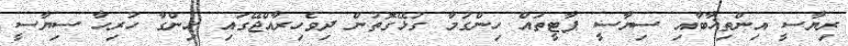
ރިޔާސީ އިންތިޚާބާއި ސިޔާސީ ޕާޓީތައް ހިންގުމާ ގުޅޭގޮތުން ދިވެހިރާއްޖޭގައި ހިންގާ ހުރިހާ ސިޔާސީ